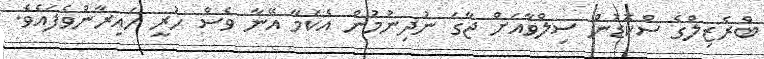
ބްރެޒިލްގެ ސްކޮޑުން ސިލްވާއަށް ޖާގަ ނުދިނުމުން އެކަމާ އޭނާ ވެސް ހުރީ ހައިރާންވެފައެވެ.